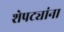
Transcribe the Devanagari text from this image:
शेपट्यांना